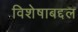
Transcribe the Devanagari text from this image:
विशेषाबद्दल